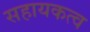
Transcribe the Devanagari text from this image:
सहायकत्व